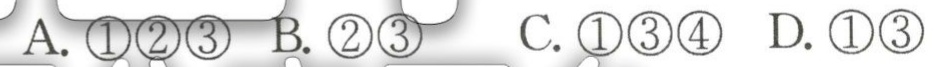
A. \textcircled{1}\textcircled{2}\textcircled{3}  B. \textcircled{2}\textcircled{3}  C. \textcircled{1}\textcircled{3}\textcircled{4}  D. \textcircled{1}\textcircled{3}